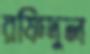
রফিদুল